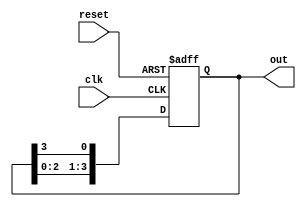
module ring_counter (
    input wire clk,        // Clock signal
    input wire reset,      // Asynchronous reset signal
    output reg [N-1:0] out // Output of the Ring Counter
);
    parameter N = 4; // Number of flip-flops

    // Initial state
    initial begin
        out = 4'b1000; // Set initial state to 1000
    end

    always @(posedge clk or posedge reset) begin
        if (reset) begin
            out <= 4'b1000; // Reset to initial state
        end else begin
            // Shift the '1' to the next flip-flop
            out <= {out[N-2:0], out[N-1]}; // Circular shift
        end
    end
endmodule